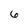
Character: 6